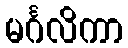
မင်္ဂလိကာ